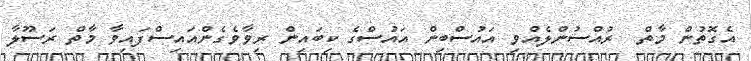
އެގޮތުން މާތް  ރުއްސުންލެއްވި އައުސްބިން އައުސްގެ ކިބައިން ރިވާވެގެންއައިސްފައިވާ މާތް ރަސޫލާ